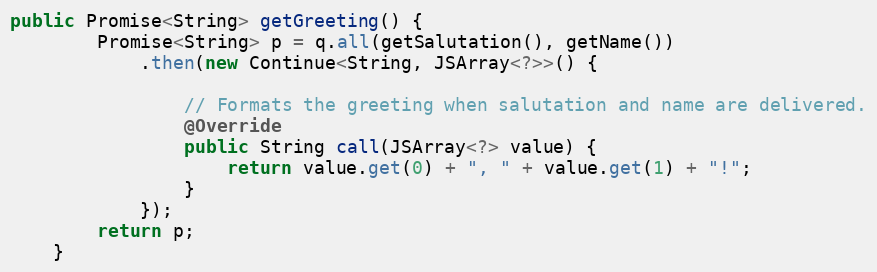
Language: Java
public Promise<String> getGreeting() {
        Promise<String> p = q.all(getSalutation(), getName())
            .then(new Continue<String, JSArray<?>>() {

                // Formats the greeting when salutation and name are delivered.
                @Override
                public String call(JSArray<?> value) {
                    return value.get(0) + ", " + value.get(1) + "!";
                }
            });
        return p;
    }